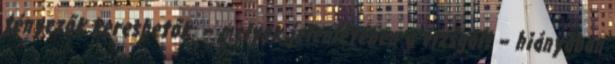
tényezők kereshetők: – melyek jelenlétében a vizsgált – hiányában